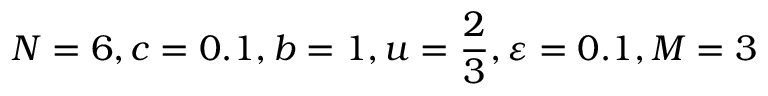
N = 6 , c = 0 . 1 , b = 1 , u = \frac { 2 } { 3 } , \varepsilon = 0 . 1 , M = 3